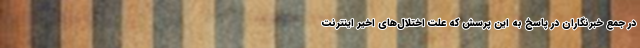
در جمع خبرنگاران در پاسخ به این پرسش که علت اختلال‌های اخیر اینترنت